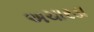
અચારડા